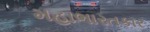
મહાભારતકાર